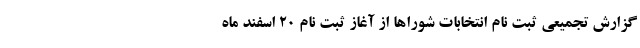
گزارش تجمیعی ثبت نام انتخابات شوراها از آغاز ثبت نام ۲۰ اسفند ماه